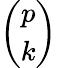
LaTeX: \binom{p}{k}